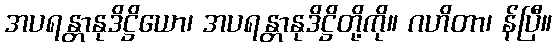
အပရန္တာနုဒိဋ္ဌိယော၊ အပရန္တာနုဒိဋ္ဌိတို့ကို။ ဂဟိတာ၊ န်ပြီ။